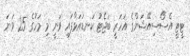
ޓީޓީ އެސޯސިއޭޝަންގެ އަހަރީ ބަޖެޓު ކަނޑައަޅާފައި ވަނީ މި މަހުގެ 25 ވަނަ